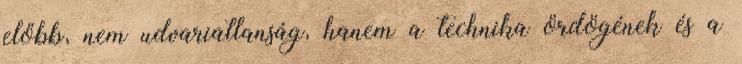
előbb, nem udvariatlanság, hanem a technika ördögének és a